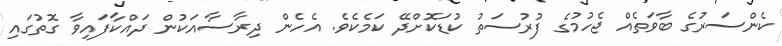
ކެންސަރުގެ ބާވަތެއް ޖެހުމުގެ ފުރުސަތު ކުޑަކޮށްދޭ ކަމެކެވެ. އެހެން ދިރާސާއަކުން ދައްކާފައިވާ ގޮތުގައި